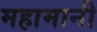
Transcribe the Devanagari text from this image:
महामानी